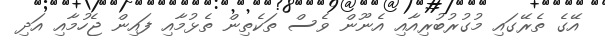
އޭގެ ތެރޭގައި މުގުރުބުރިއާއި އެނޫން ވެސް ތަކެތިން ތެޅުމާއި ފައިން ޖެހުމާއި އަދި